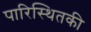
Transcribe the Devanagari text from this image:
पारिस्थितकी